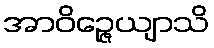
အာဝိဉ္ဇေယျာသိ